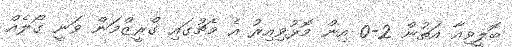
ބޮލީވިއާ އަތުން 2-0 އިން މޮޅުވިއިރު އެ މެޗުގައި ގްރީޒްމަން ވަނީ ގޯލެއް